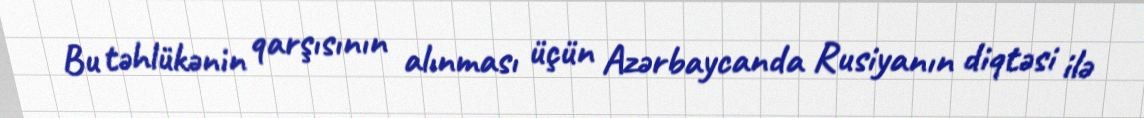
Bu təhlükənin qarşısının alınması üçün Azərbaycanda Rusiyanın diqtəsi ilə